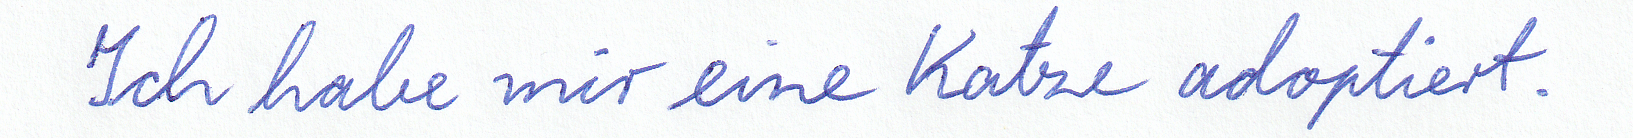
Ich habe mir eine Katze adoptiert.